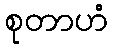
စုတာဟံ